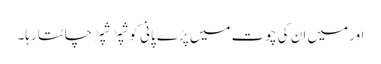
اور میں ان کی چوت میں پڑے پانی کو شپڑ شپڑ چاٹتا رہا۔